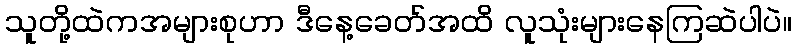
သူတို့ထဲကအများစုဟာ ဒီနေ့ခေတ်အထိ လူသုံးများနေကြဆဲပါပဲ။